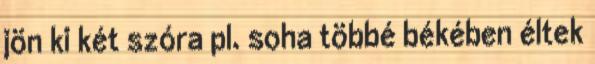
jön ki két szóra pl. soha többé békében éltek